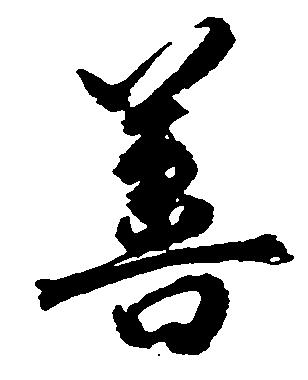
善